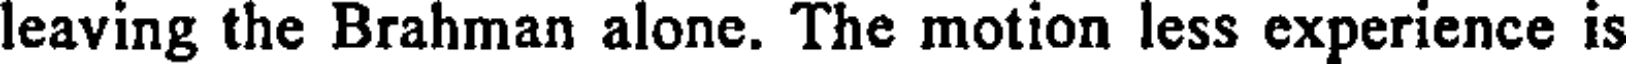
leaving the Brahman alone. The motion less experience is